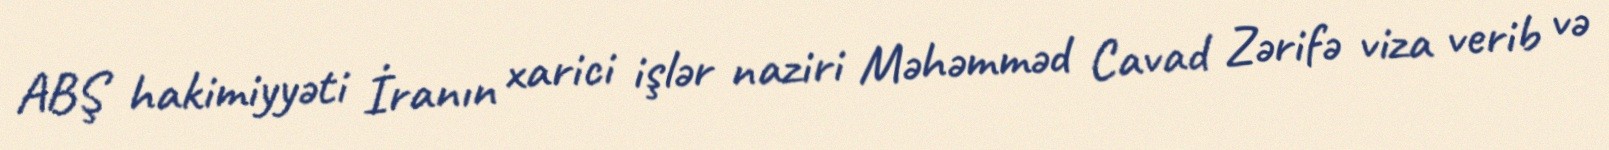
ABŞ hakimiyyəti İranın xarici işlər naziri Məhəmməd Cavad Zərifə viza verib və